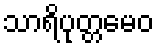
သာရိပုတ္တမေဝ